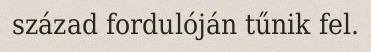
század fordulóján tűnik fel.